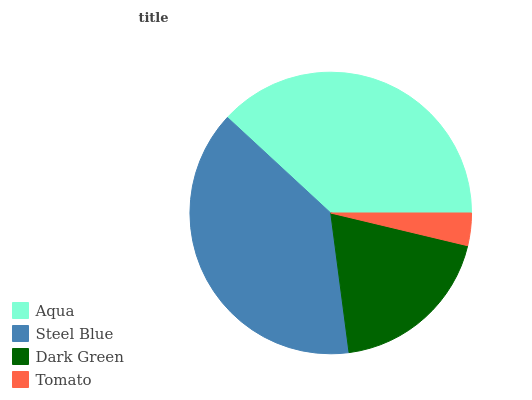
| Aqua | Steel Blue | Dark Green | Tomato |
 | --- | --- | --- | --- |
 | 38.1% | 38.9% | 19.2% | 3.72% |